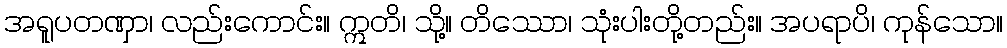
အရူပတဏှာ၊ လည်းကောင်း။ ဣတိ၊ သို့။ တိဿော၊ သုံးပါးတို့တည်း။ အပရာပိ၊ ကုန်သော။